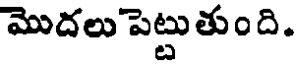
మొదలు పెట్టుతుంది.